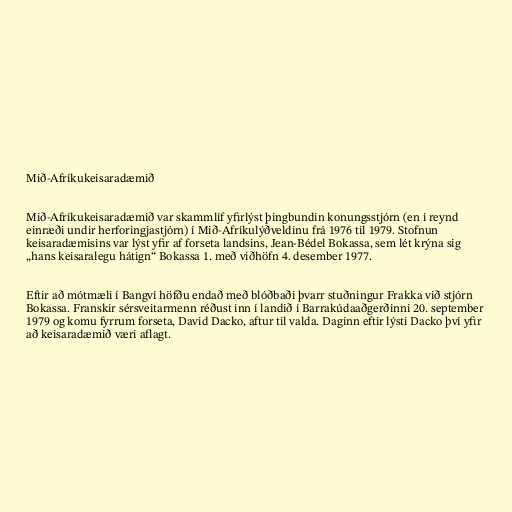
Mið-Afríkukeisaradæmið

Mið-Afríkukeisaradæmið var skammlíf yfirlýst þingbundin konungsstjórn (en í reynd
einræði undir herforingjastjórn) í Mið-Afríkulýðveldinu frá 1976 til 1979. Stofnun
keisaradæmisins var lýst yfir af forseta landsins, Jean-Bédel Bokassa, sem lét krýna sig
„hans keisaralegu hátign“ Bokassa 1. með viðhöfn 4. desember 1977.

Eftir að mótmæli í Bangví höfðu endað með blóðbaði þvarr stuðningur Frakka við stjórn
Bokassa. Franskir sérsveitarmenn réðust inn í landið í Barrakúdaaðgerðinni 20. september
1979 og komu fyrrum forseta, David Dacko, aftur til valda. Daginn eftir lýsti Dacko því yfir
að keisaradæmið væri aflagt.